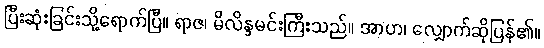
ပြီးဆုံးခြင်းသို့ရောက်ပြီ။ ရာဇ၊ မိလိန္ဒမင်းကြီးသည်။ အာဟ၊ လျှောက်ဆိုပြန်၏။